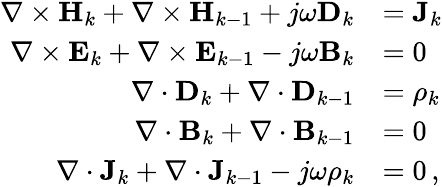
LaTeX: \begin{array}{rl}{\nabla\times\mathbf{H}_{k}+\nabla\times\mathbf{H}_{k-1}+j\omega\mathbf{D}_{k}}&{=\mathbf{J}_{k}}\\ {\nabla\times\mathbf{E}_{k}+\nabla\times\mathbf{E}_{k-1}-j\omega\mathbf{B}_{k}}&{=0}\\ {\nabla\cdot\mathbf{D}_{k}+\nabla\cdot\mathbf{D}_{k-1}}&{=\rho_{k}}\\ {\nabla\cdot\mathbf{B}_{k}+\nabla\cdot\mathbf{B}_{k-1}}&{=0}\\ {\nabla\cdot\mathbf{J}_{k}+\nabla\cdot\mathbf{J}_{k-1}-j\omega\rho_{k}}&{=0\, ,}\end{array}